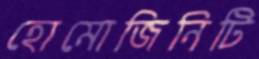
হোমোজিনিটি